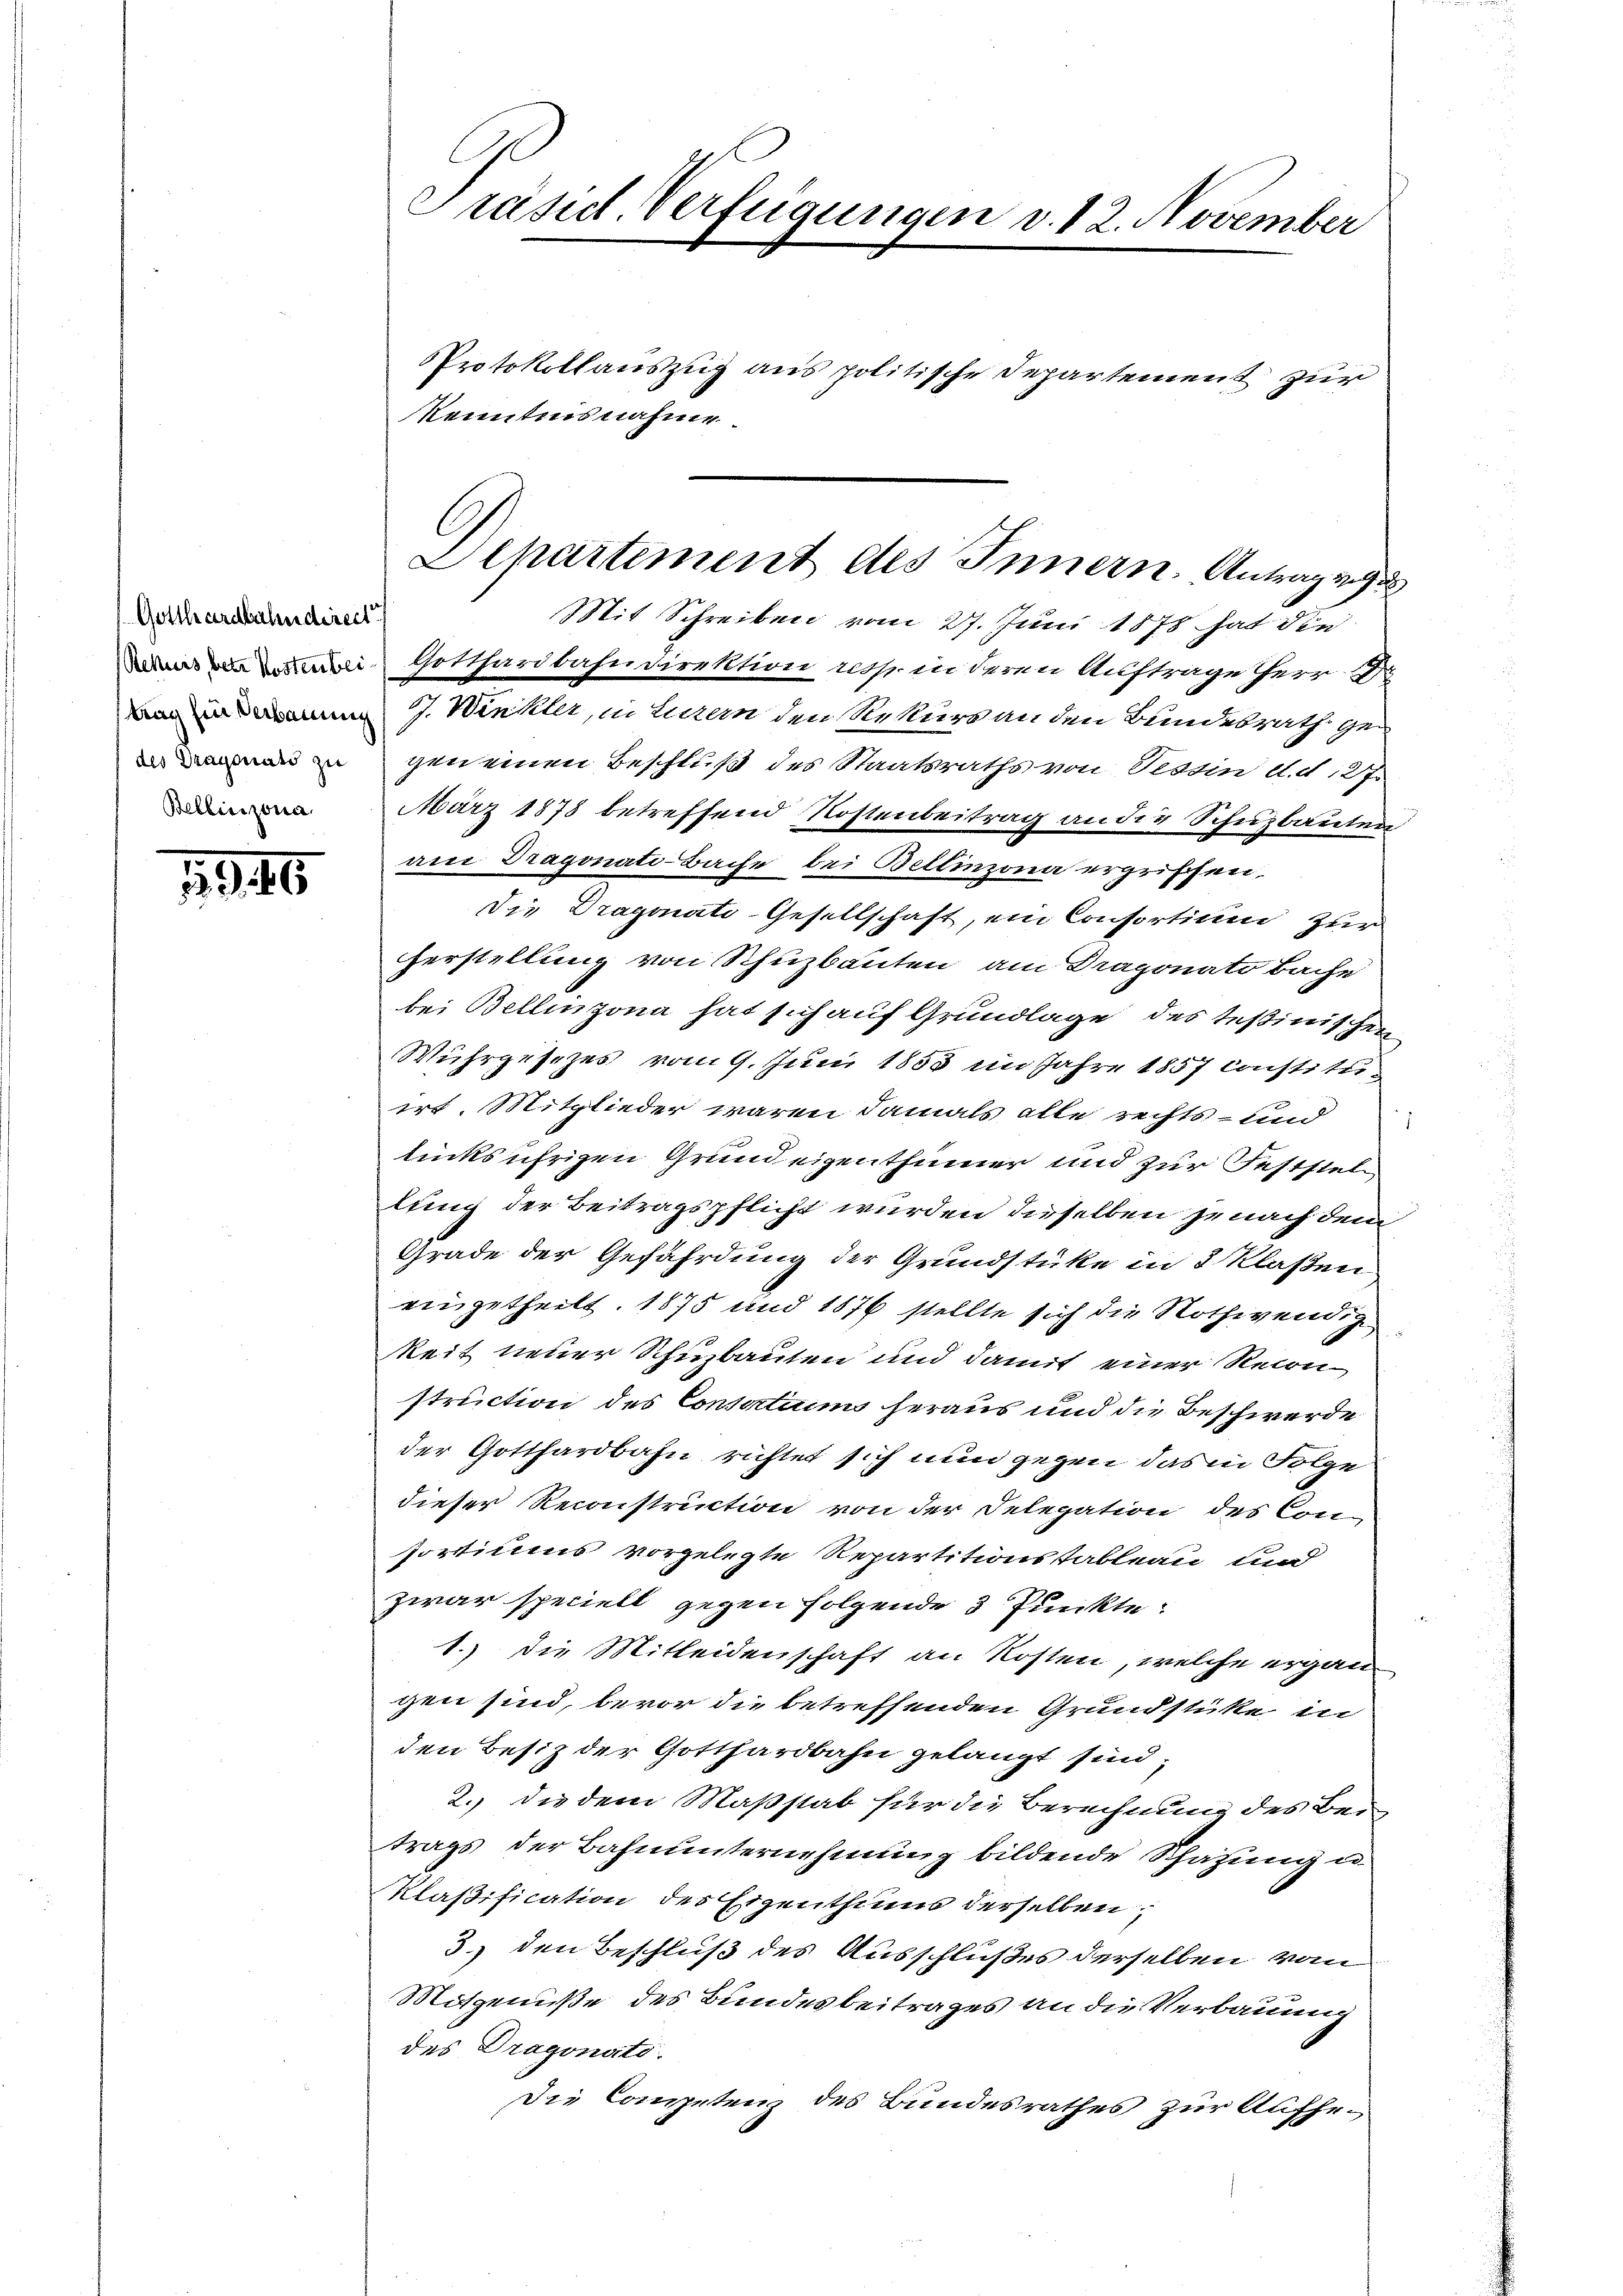
Gotthardbahndirect
des Dragonats zu
Bellinzona

1946

Präsid. Verfügungen v. 12. November

Mit Schreiben vom 27. Juni 1878 hat die
Gotthardbahndirektion resp. in deren Auftrage herr D.
vun in J. Winkler, in Luzern den Rekurs an den Bundesrath gen
gen einen Beschluß des Staatsraths von Tessin d. d. 127.
März 1878 betreffend Kostenbeitrag an die Schuzbauten
am Dragonati-Bache bei Bellinzona ergriffen,
Die Dragonats-Gesellschaft, ein Consortium zum
herstellung von Schuzbauten am Dragonats Bache
bei Bellinzona hat sich auf Grundlage des Teßinischen
Wuhrgesezes vom 9. Juni 1855 im Jahre 1857 Constitur
irt. Mitglieder waren damals alle rechts- und
tunksufrigen Grund eigenthümer und zur Feststel
lung der Beitragspflicht wurden dieselben je nach dem
Grade der Gefährdung der Grundstüke in 3 Klaßen
eingetheilt. 1875 und 1876 stellte sich die Nothwendige
keit neuer Schuzbauten und damit einer Recon
struction des Consartiums heraus und die Beschwerde
der Gotthardbahn richtet sich nun gegen das in Folge
dieser Reconstruction von der Delegation des Consortiums vorgelegte Repartitionstableau und
zwar speciell gegen folgende 3 Punkte:
1.) Die Mitleidenschaft an Kosten, welche ergangen sind, bevor die betreffenden Grundstüke in
den Besiz der Gotthardbahn gelangt sind;
2.) die dem Maßstab für die Berechnung des Bei
trags der Bahnunternehmung bildende Schazung un
klaßification des Eigenthums derselben
3.) den Beschluß des Ausschlußes derselben vom
Motgenuße des Bundesbeitrages an die Verbauung
des Dragonato.
Die Competenz des Bundesrathes zur Aufhe¬

PProtokollauszug aus politische Departement zur
Kenntnisnahme.

Departement des Innern. Antragung